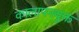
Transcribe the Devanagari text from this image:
कालापनयुक्त